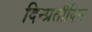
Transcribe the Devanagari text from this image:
दिन्प्रतीदिन